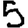
Digit: 5